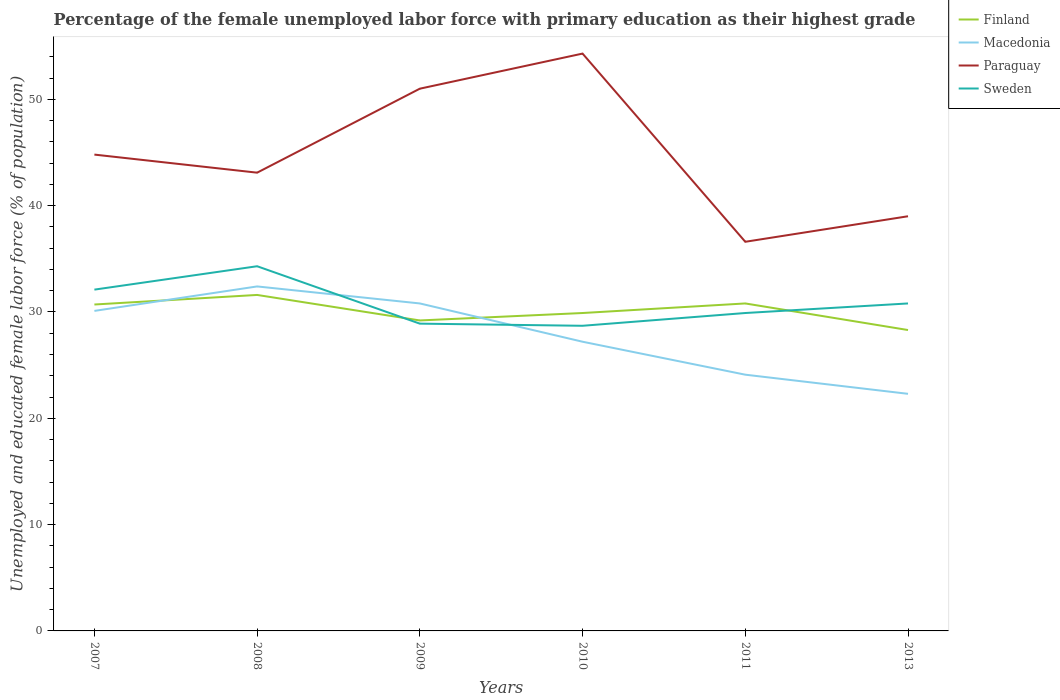
| Years | Finland | Macedonia | Paraguay | Sweden |
 | --- | --- | --- | --- | --- |
 | 2007 | 30.7 | 30.1 | 44.8 | 32.1 |
 | 2008 | 31.6 | 32.4 | 43.1 | 34.3 |
 | 2009 | 29.2 | 30.8 | 51 | 28.9 |
 | 2010 | 29.9 | 27.2 | 54.3 | 28.7 |
 | 2011 | 30.8 | 24.1 | 36.6 | 29.9 |
 | 2013 | 28.3 | 22.3 | 39 | 30.8 |